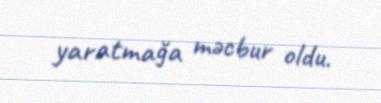
yaratmağa məcbur oldu.